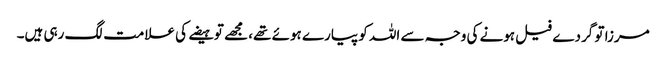
مرزا تو گردے فیل ہونے کی وجہ سے اللہ کو پیارے ہوئے تھے، مجھے تو ہیضے کی علامت لگ رہی ہیں۔